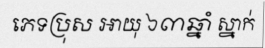
ភេទប្រុស អាយុ ៦៣ឆ្នាំ ស្នាក់